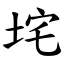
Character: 垞